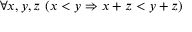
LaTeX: \forall x , y , z \ ( x < y \Rightarrow x + z < y + z )